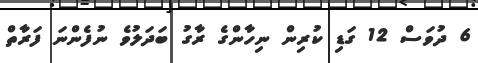
6 ދުވަސް 12 ގަޑި ކުރިން ނިހާންގެ ރާގު ބަދަލުވެ ނުފެންނަ ފަރާތް